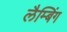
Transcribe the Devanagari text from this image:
लैम्बिंग